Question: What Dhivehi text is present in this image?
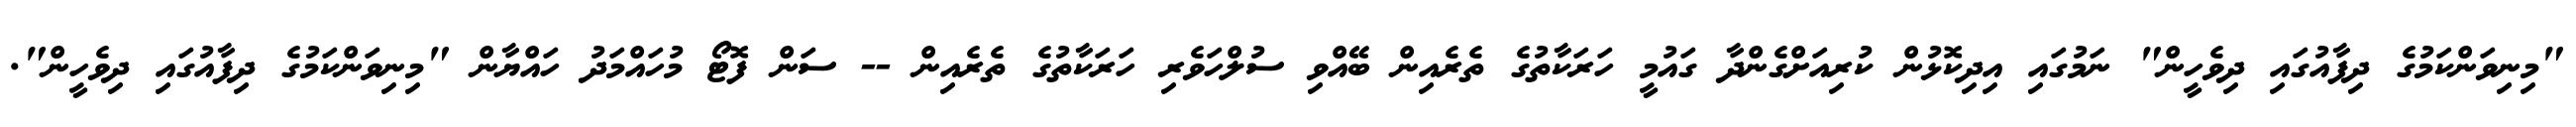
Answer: "މިނިވަންކަމުގެ ދިފާއުގައި ދިވެހީން" ނަމުގައި އިދިކޮޅުން ކުރިއަށްގެންދާ ގައުމީ ހަރަކާތުގެ ތެރެއިން ބޭއްވި ސުލްހަވެރި ހަރަކާތުގެ ތެރެއިން -- ސަން ފޮޓޯ މުހައްމަދު ހައްޔާން "މިނިވަންކަމުގެ ދިފާއުގައި ދިވެހީން".